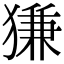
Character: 㺌